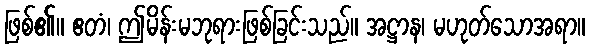
ဖြစ်၏။ ဧတံ၊ ဤမိန်းမဘုရားဖြစ်ခြင်းသည်။ အဋ္ဌာန၊ မဟုတ်သောအရာ။